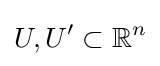
U,U'\subset \mathbb {R} ^{n}